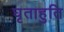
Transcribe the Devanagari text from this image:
घृताहुति